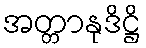
အတ္တာနုဒိဋ္ဌိ